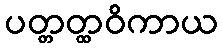
ပတ္တတ္ထဝိကာယ